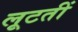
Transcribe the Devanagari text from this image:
लूटतीं